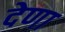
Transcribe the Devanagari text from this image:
देणा